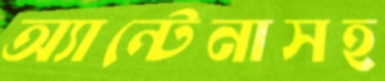
অ্যান্টেনাসহ